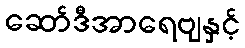
ဆော်ဒီအာရေဗျနှင့်